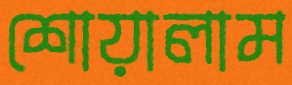
শোয়ালাম